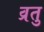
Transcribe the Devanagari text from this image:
व्रतु